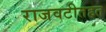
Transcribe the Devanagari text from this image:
राजवटीतहत